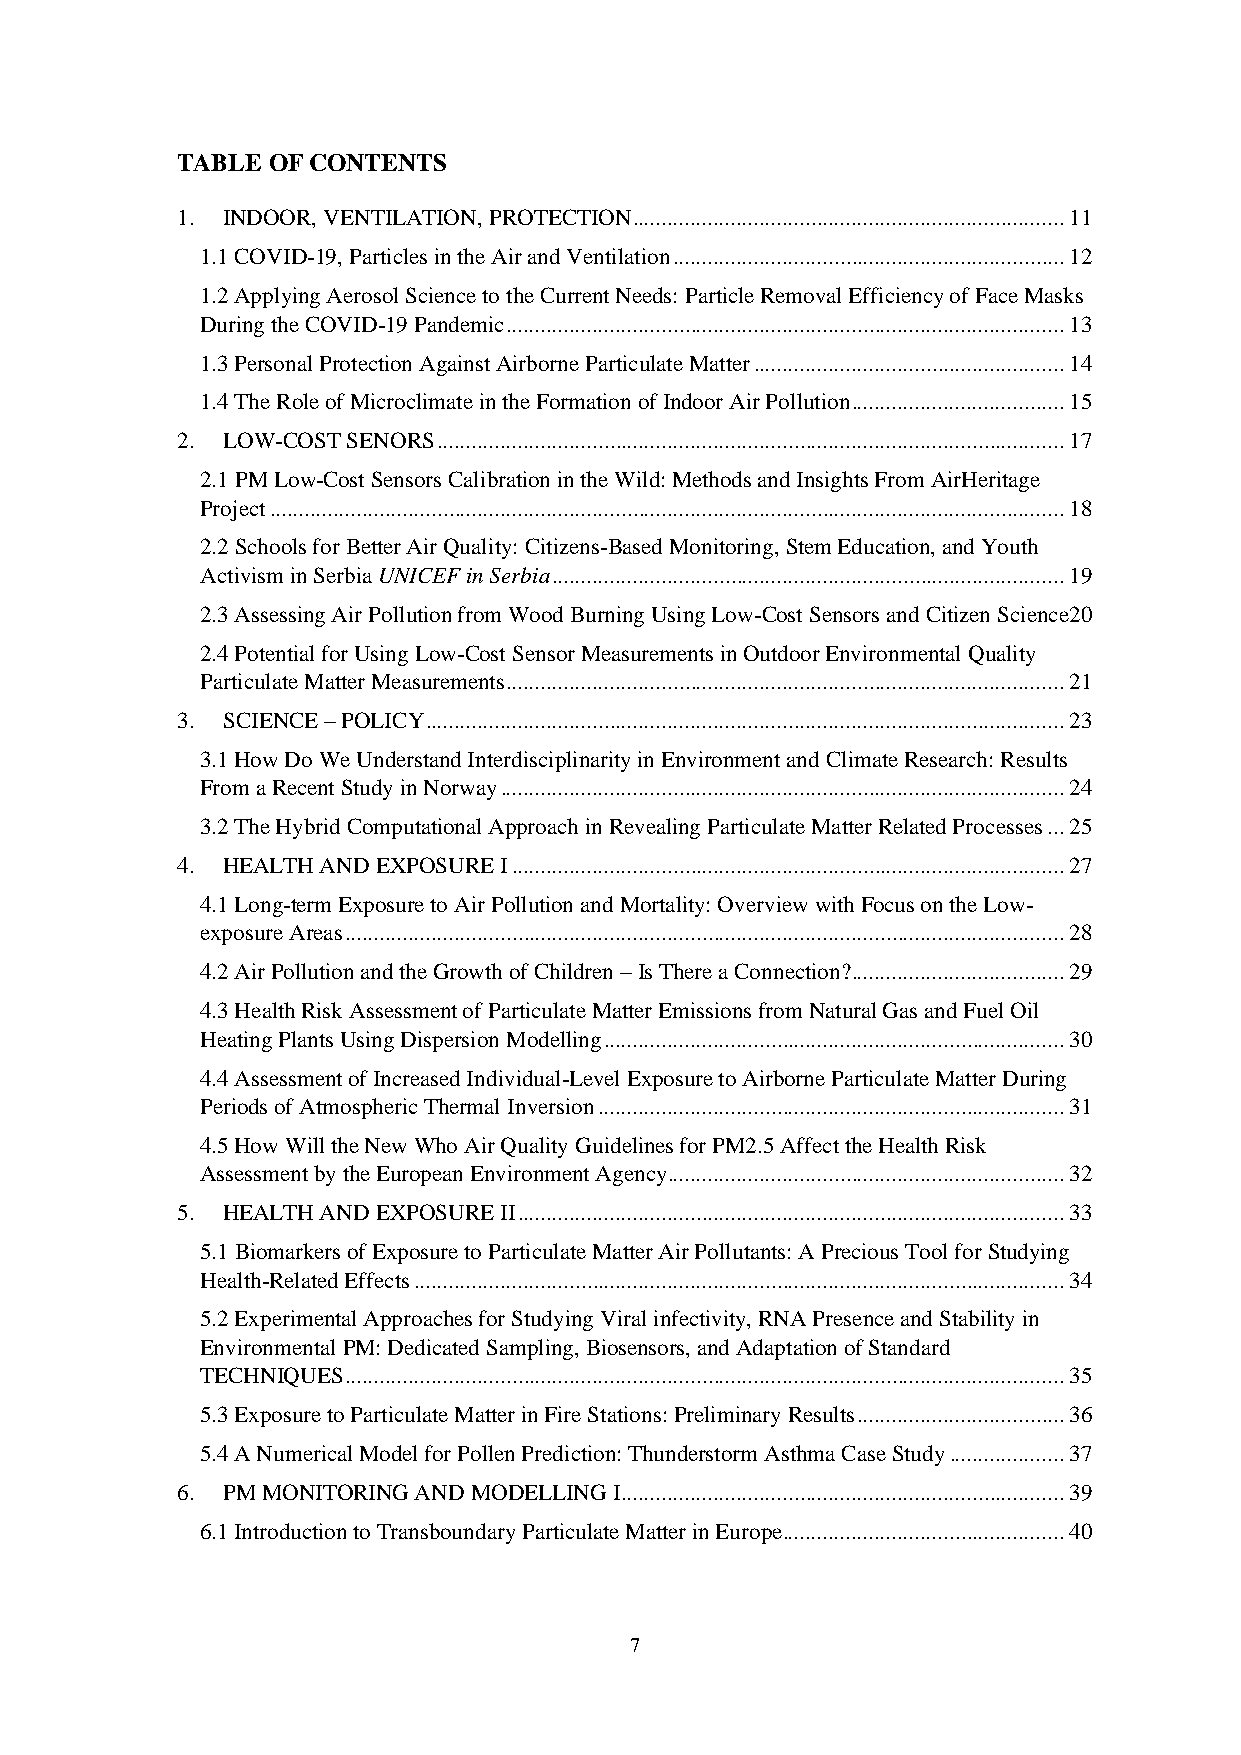
TABLE OF CONTENTS
 1. INDOOR, VENTILATION, PROTECTION ........................................................................... 11
 1.1 COVID-19, Particles in the Air and Ventilation .................................................................... 12
 1.2 Applying Aerosol Science to the Current Needs: Particle Removal Efficiency of Face Masks
 During the COVID-19 Pandemic ................................................................................................. 13
 1.3 Personal Protection Against Airborne Particulate Matter ...................................................... 14
 1.4 The Role of Microclimate in the Formation of Indoor Air Pollution ..................................... 15
 2. LOW-COST SENORS ............................................................................................................. 17
 2.1 PM Low-Cost Sensors Calibration in the Wild: Methods and Insights From AirHeritage
 Project .......................................................................................................................................... 18
 2.2 Schools for Better Air Quality: Citizens-Based Monitoring, Stem Education, and Youth
 Activism in Serbia UNICEF in Serbia ......................................................................................... 19
 2.3 Assessing Air Pollution from Wood Burning Using Low-Cost Sensors and Citizen Science 20
 2.4 Potential for Using Low-Cost Sensor Measurements in Outdoor Environmental Quality
 Particulate Matter Measurements ................................................................................................. 21
 3. SCIENCE – POLICY ............................................................................................................... 23
 3.1 How Do We Understand Interdisciplinarity in Environment and Climate Research: Results
 From a Recent Study in Norway .................................................................................................. 24
 3.2 The Hybrid Computational Approach in Revealing Particulate Matter Related Processes ... 25
 4. HEALTH AND EXPOSURE I ................................................................................................ 27
 4.1 Long-term Exposure to Air Pollution and Mortality: Overview with Focus on the Low-
 exposure Areas ............................................................................................................................. 28
 4.2 Air Pollution and the Growth of Children – Is There a Connection? ..................................... 29
 4.3 Health Risk Assessment of Particulate Matter Emissions from Natural Gas and Fuel Oil
 Heating Plants Using Dispersion Modelling ................................................................................ 30
 4.4 Assessment of Increased Individual-Level Exposure to Airborne Particulate Matter During
 Periods of Atmospheric Thermal Inversion ................................................................................. 31
 4.5 How Will the New Who Air Quality Guidelines for PM2.5 Affect the Health Risk
 Assessment by the European Environment Agency ..................................................................... 32
 5. HEALTH AND EXPOSURE II ............................................................................................... 33
 5.1 Biomarkers of Exposure to Particulate Matter Air Pollutants: A Precious Tool for Studying
 Health-Related Effects ................................................................................................................. 34
 5.2 Experimental Approaches for Studying Viral infectivity, RNA Presence and Stability in
 Environmental PM: Dedicated Sampling, Biosensors, and Adaptation of Standard
 TECHNIQUES ............................................................................................................................. 35
 5.3 Exposure to Particulate Matter in Fire Stations: Preliminary Results .................................... 36
 5.4 A Numerical Model for Pollen Prediction: Thunderstorm Asthma Case Study .................... 37
 6. PM MONITORING AND MODELLING I ............................................................................. 39
 6.1 Introduction to Transboundary Particulate Matter in Europe ................................................. 40
 7